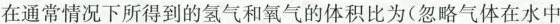
在通常情况下所得到的氢气和氧气的体积比为(忽略气体在水中